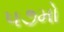
૫૭મો